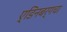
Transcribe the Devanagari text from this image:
ए्डिनबर्गचा